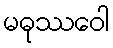
မဓုဿဝေါ